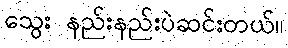
သွေး နည်းနည်းပဲဆင်းတယ်။